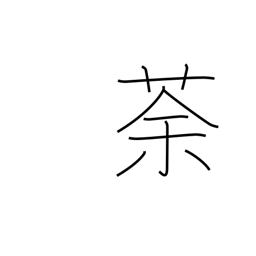
Meaning: a weed